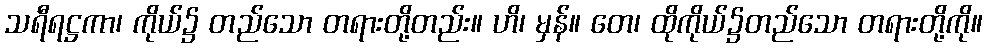
သရီရဋ္ဌကာ၊ ကိုယ်၌ တည်သော တရားတို့တည်း။ ဟိ၊ မှန်။ တေ၊ ထိုကိုယ်၌တည်သော တရားတို့ကို။